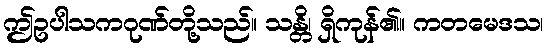
ဤဥပါသကဂုဏ်တို့သည်။ သန္တိ၊ ရှိကုန်၏။ ကတမေဒသ၊